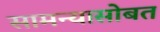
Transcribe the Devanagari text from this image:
सामन्यासोबत